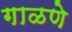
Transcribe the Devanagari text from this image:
गाळणे